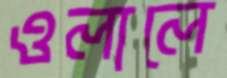
ওলালে